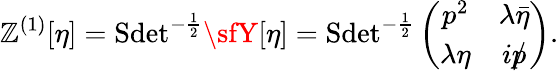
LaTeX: \mathbb{Z}^{(1)}[\eta]=\mathrm{{Sdet}}^{-\frac{1}{2}}{\sfY}[\eta]=\mathrm{{Sdet}}^{-\frac{1}{2}}\left(\begin{array}{cc}{{p^{2}}}&{{\lambda\bar{\eta}}}\\ {{\lambda\eta}}&{{ip\llap/}}\end{array}\right).